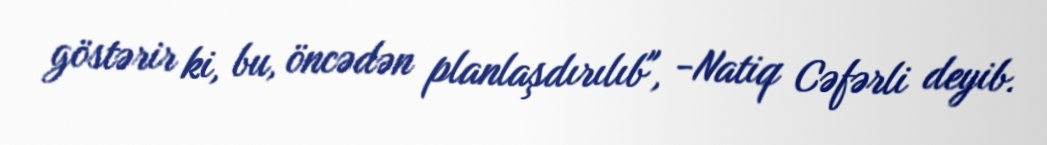
göstərir ki, bu, öncədən planlaşdırılıb", -Natiq Cəfərli deyib.